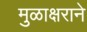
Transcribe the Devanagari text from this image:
मुळाक्षराने